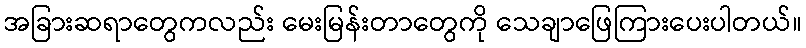
အခြားဆရာတွေကလည်း မေးမြန်းတာတွေကို သေချာဖြေကြားပေးပါတယ်။